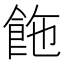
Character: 𩛆